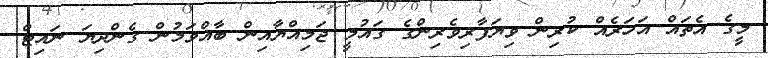
މީގެ އެތައް އަހަރެއް ކުރިން ވިޔަފާރިވެރިންގެ ގައުމީ ޖަމިއްޔާއިން ބާއްވަމުން ގެންދިޔަ ނައިޓް